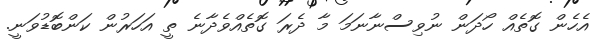
އެހެން ގޮތެއް ހޯދަން ނުވިސްނާނަމަ މާ ދެރަ ގޮތެއްވެދާނެ ތީ އަހަރުން ކަންބޮޑުވަނީ.